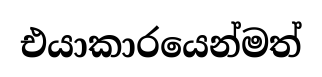
එයාකාරයෙන්මත්